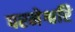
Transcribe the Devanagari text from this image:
परमेश्वरि